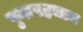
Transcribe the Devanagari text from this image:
पुनःपहचान